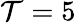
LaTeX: \mathcal{T}=5